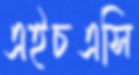
এইচএসি